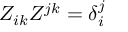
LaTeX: Z _ { i k } Z ^ { j k } = \delta _ { i } ^ { j }